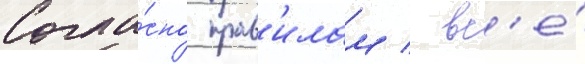
Согла́сно прав'илам / вс'е́